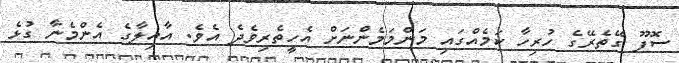
ސޮފޫ ގޭތެރޭގެ ހުރިހާ ކަމެއްގައި މަންމަމެންނަށް އެހީތެރިވެދެ އެވެ. އާއިލާގެ އެންމެނާ ގުޅެ